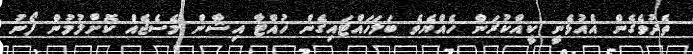
ތެދުވެގެން އެއުޅެނީ ކީއްކުރަން ހެއްޔެވެ ބަލަހައްޓައިގެން ހުއްޓާ އިޝާން މެސެޖެއް ކޮށްލުމުން ފޯނު